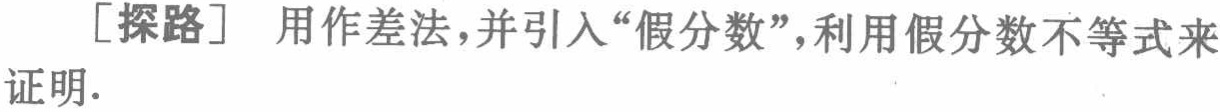
[探路] 用作差法，并引入“假分数”，利用假分数不等式来证明.